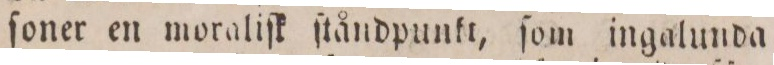
ſoner en moraliſk ſtåndpunkt, ſom ingalunda